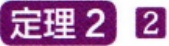
定理 2 2